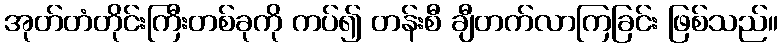
အုတ်တံတိုင်းကြီးတစ်ခုကို ကပ်၍ တန်းစီ ချီတက်လာကြခြင်း ဖြစ်သည်။